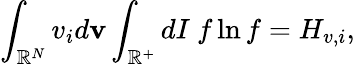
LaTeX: \int_{\mathbb{R}^{N}}v_{i}d\textbf{v}\int_{\mathbb{R}^{+}}dI\ f\ln f=H_{v,i},